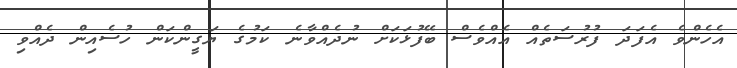
އެހެންވެ އެފަދަ ފުރުސަތެއް އެއްވެސް ބޭފުޅަކަށް ނުދެއްވާނެ ކަމުގެ ޔަގީންކަން ހުސެއިން ދެއްވި